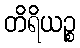
တိရိယဉ္စ